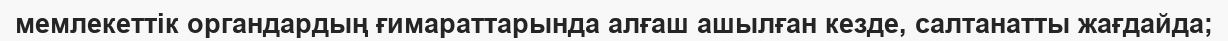
мемлекеттік органдардың ғимараттарында алғаш ашылған кезде, салтанатты жағдайда;